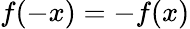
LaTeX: f(-x)=-f(x)